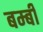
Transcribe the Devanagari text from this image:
बम्बी